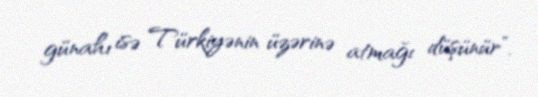
günahı isə Türkiyənin üzərinə atmağı düşünür”.